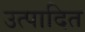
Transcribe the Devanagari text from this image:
उत्पादित